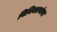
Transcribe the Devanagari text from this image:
बिनिवाल्यांचा